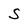
Character: s